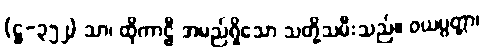
(ဋ္ဌ-၃၅၂) သာ၊ ထိုကာဠီ အမည်ရှိသော သတို့သမီးသည်။ ဝယပ္ပတ္တာ၊